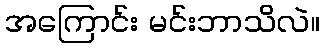
အကြောင်း မင်းဘာသိလဲ။